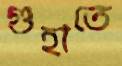
গুহাতে